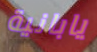
يابانية